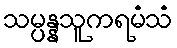
သမ္ပန္နသူကရမံသံ